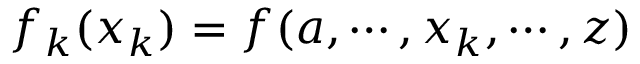
f _ { k } ( x _ { k } ) = f ( a , \cdots , x _ { k } , \cdots , z )